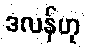
ဒလန်ဟု